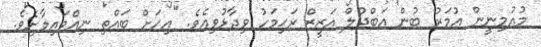
މުއުމިނީން ޢުމަރު ބުން އަބްދުލް އަޒީޒް ރަޙިމަހު ވިދާޅުވިއެވެ. "އިހަށް ބައްތި ނިއްވައިލާށެވެ.